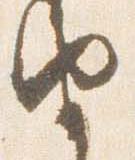
由